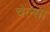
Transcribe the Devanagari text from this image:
चेल्सा